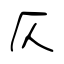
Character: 仄